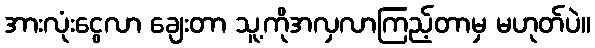
အားလုံးငွေလာ ချေးတာ သူ့ကိုအလှလာကြည့်တာမှ မဟုတ်ပဲ။